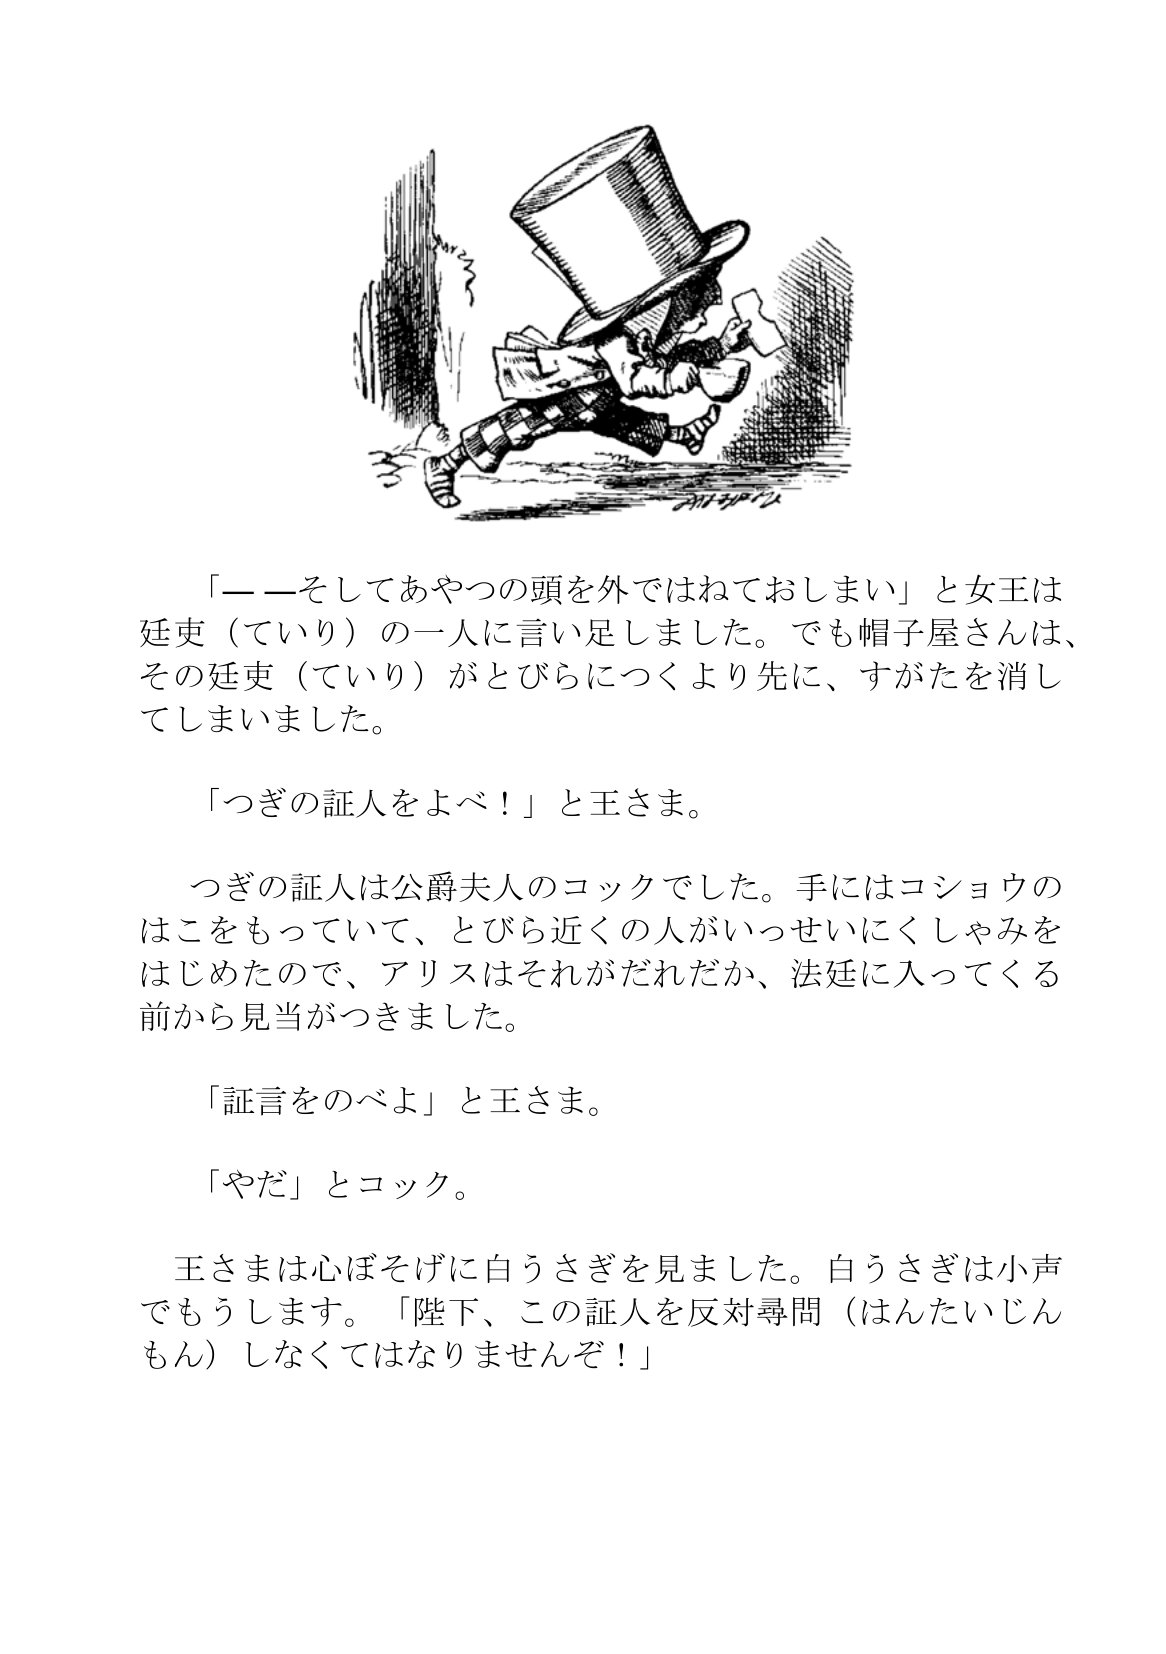
Language: ja